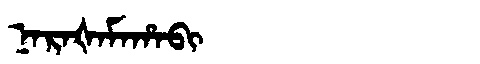
Manchu: ᠨᠠᡵᠠᡧᠠᠮᠠᡥᠠᠪᡳ
Romanization: NARAŠAMAHABI